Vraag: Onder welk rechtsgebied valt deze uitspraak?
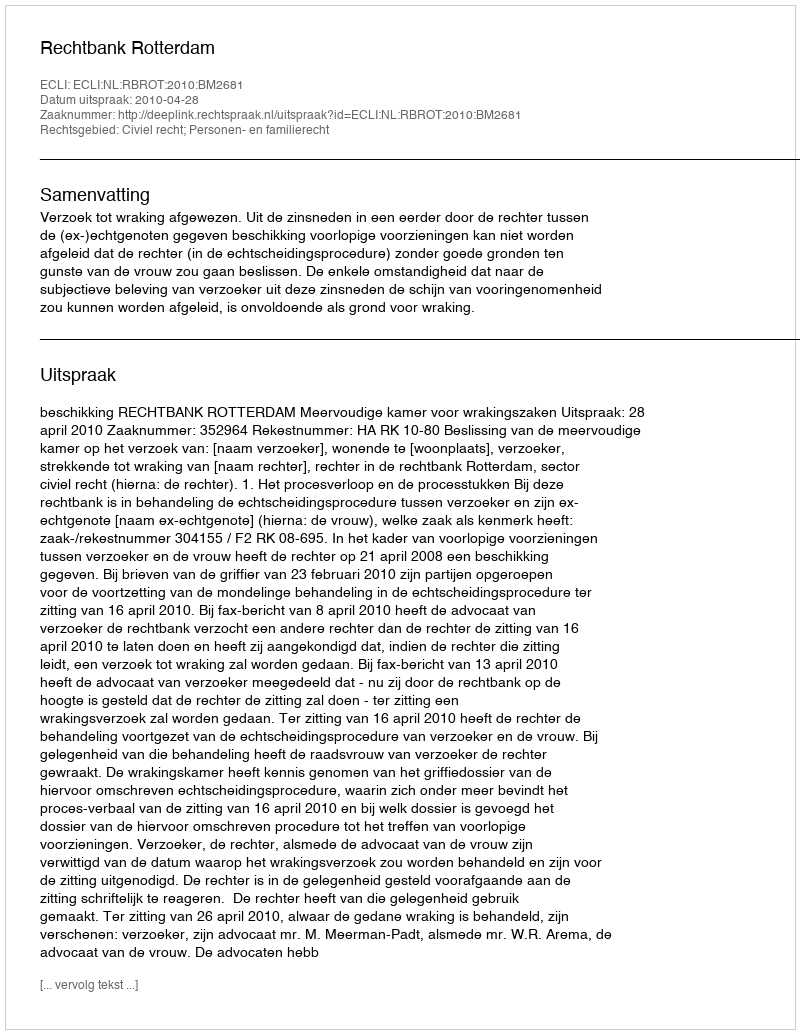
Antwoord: Civiel recht; Personen- en familierecht